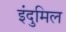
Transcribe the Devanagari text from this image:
इंदुमिल